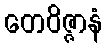
တေဝိဇ္ဇာနံ